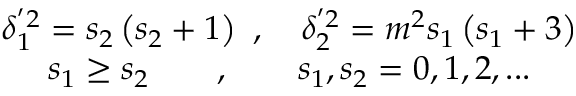
\begin{array} { c } { { \delta _ { 1 } ^ { ^ { \prime } 2 } = s _ { 2 } \left( s _ { 2 } + 1 \right) \ , \quad \delta _ { 2 } ^ { ^ { \prime } 2 } = m ^ { 2 } s _ { 1 } \left( s _ { 1 } + 3 \right) } } \\ { { s _ { 1 } \geq s _ { 2 } \qquad , \qquad s _ { 1 } , s _ { 2 } = 0 , 1 , 2 , . . . } } \end{array}